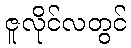
ဇူလိုင်လတွင်